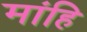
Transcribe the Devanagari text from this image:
मांहि